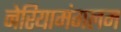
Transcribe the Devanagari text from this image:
नेरियामंगलम